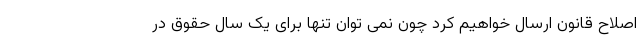
اصلاح قانون ارسال خواهیم کرد چون نمی توان تنها برای یک سال حقوق در